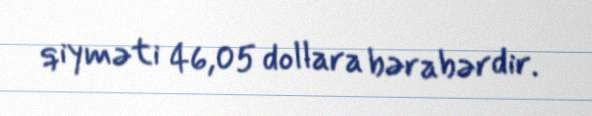
qiyməti 46,05 dollara bərabərdir.